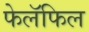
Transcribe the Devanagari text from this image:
फेलॅफिल